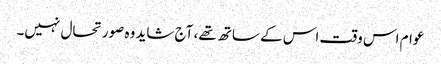
عوام اس وقت اس کے ساتھ تھے، آج شاید وہ صورتحال نہیں۔